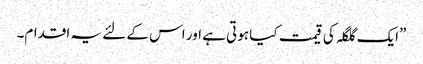
”ایک گلگلہ کی قیمت کیا ہوتی ہے اور اس کے لئے یہ اقدام۔